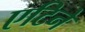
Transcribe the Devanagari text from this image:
एटिने